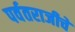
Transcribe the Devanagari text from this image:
पर्वतराजीचे